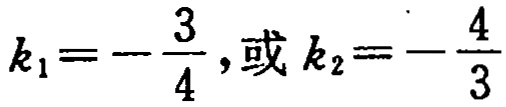
\(k_{1}=-\frac{3}{4},或k_{2}=-\frac{4}{3}\)